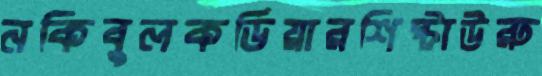
নকিবুলকর্ডিয়ারশিষ্টাউরু